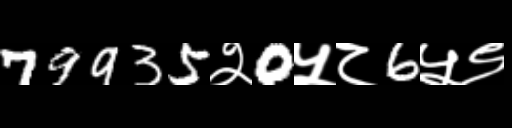
Text: 79935२0५८6५९